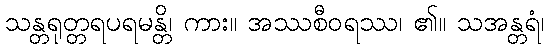
သန္တရုတ္တရပရမန္တိ၊ ကား။ အဿစီဝရဿ၊ ၏။ သအန္တရံ၊